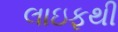
લાઇફથી